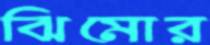
ঝিমোর